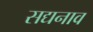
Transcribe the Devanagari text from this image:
सद्यनाव